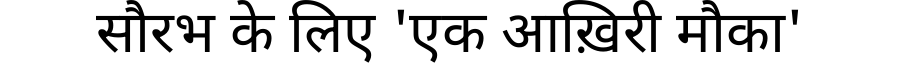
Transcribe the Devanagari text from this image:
सौरभ के लिए 'एक आख़िरी मौका'